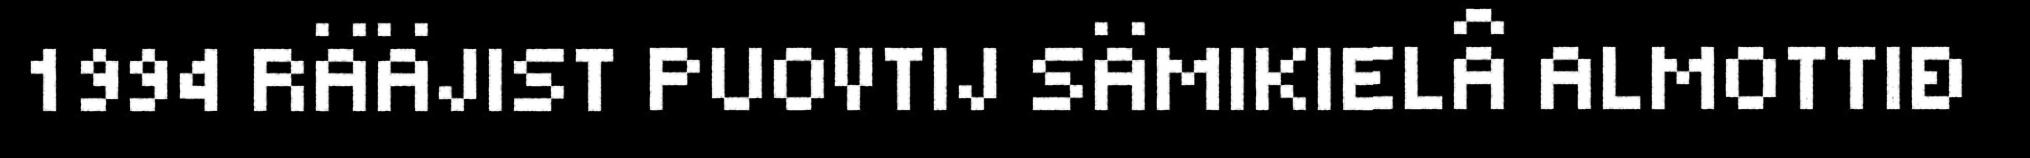
1994 RÄÄJIST PUOVTIJ SÄMIKIELÂ ALMOTTIĐ